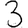
Digit: 3